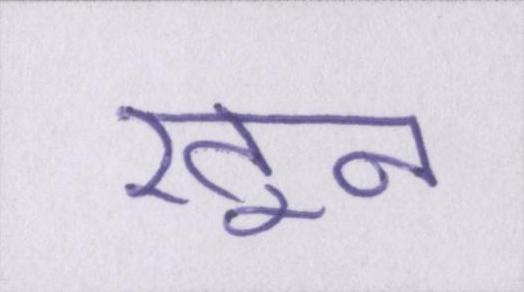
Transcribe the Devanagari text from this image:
खून